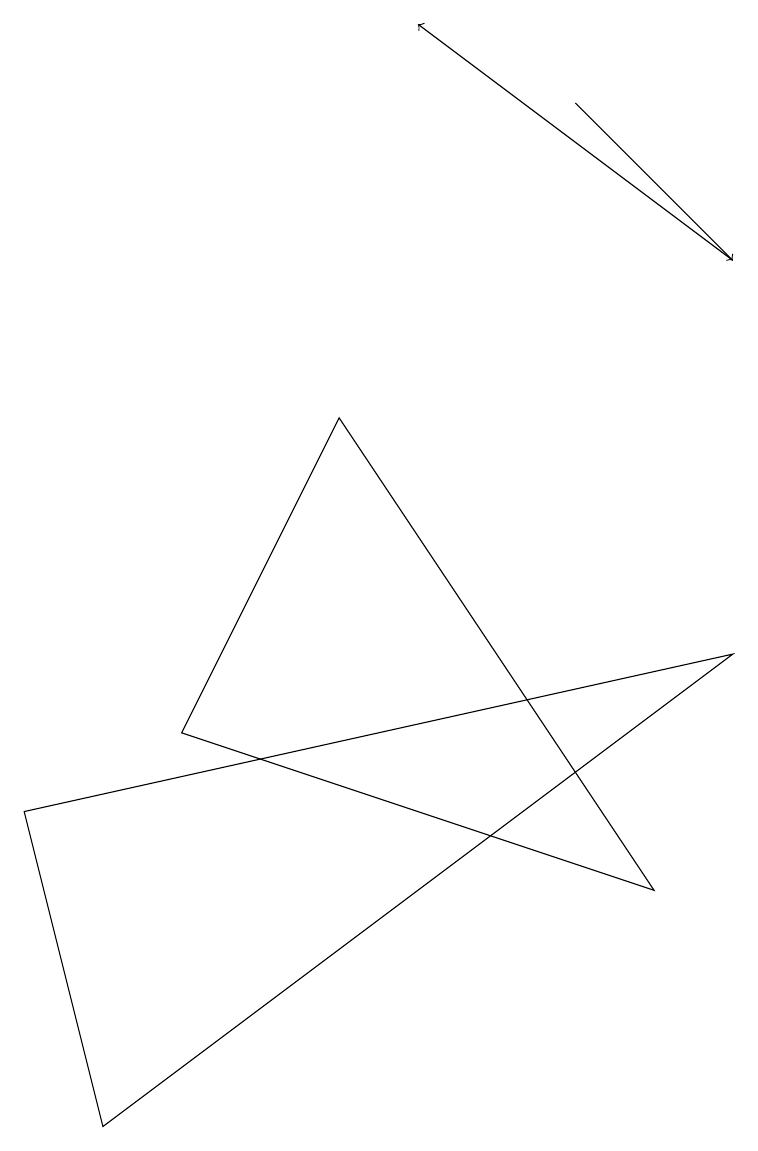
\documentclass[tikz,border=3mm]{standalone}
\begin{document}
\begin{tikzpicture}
\draw[->] (9,11) -- (5,14);
\draw[->] (7,13) -- (9,11);
\draw (0,4) -- (9,6) -- (1,0) -- cycle;
\draw (8,3) -- (4,9) -- (2,5) -- cycle;
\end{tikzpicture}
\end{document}